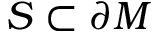
S \subset \partial M